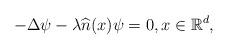
LaTeX: \begin{align*} -\Delta \psi - \lambda \widehat{n}(x)\psi =0,x \in \mathbb R^d,\end{align*}